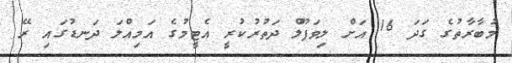
މުބާރާތުގެ ގަދަ 16 އަށް ލިވަޕޫލް ދަތުރުކުރީ އެޓީމުގެ އަމިއްލަ ދަނޑުގައި ރޭ